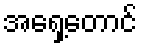
အရှေ့တောင်